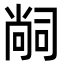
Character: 𭉢